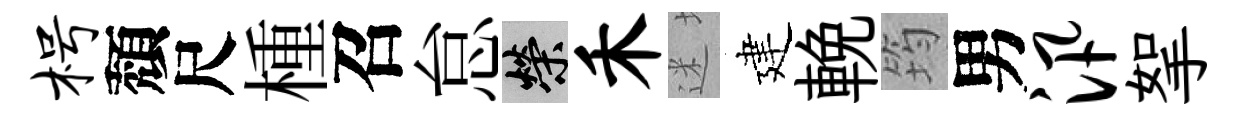
枵頽尺㮔召怠榮禾迷建輓筠男汛挐